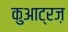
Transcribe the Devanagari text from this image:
कुआट्रज़